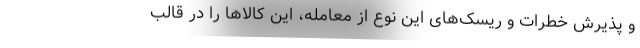
و پذیرش خطرات و ریسک‌های این نوع از معامله، این کالاها را در قالب